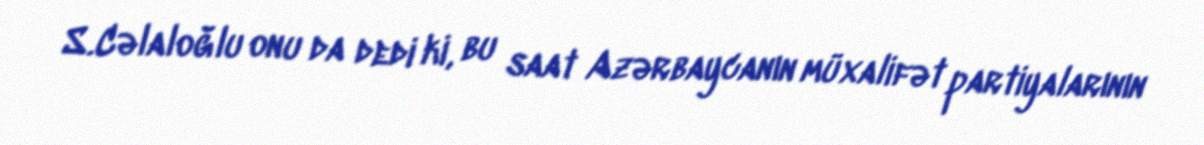
S.Cəlaloğlu onu da dedi ki, bu saat Azərbaycanın müxalifət partiyalarının